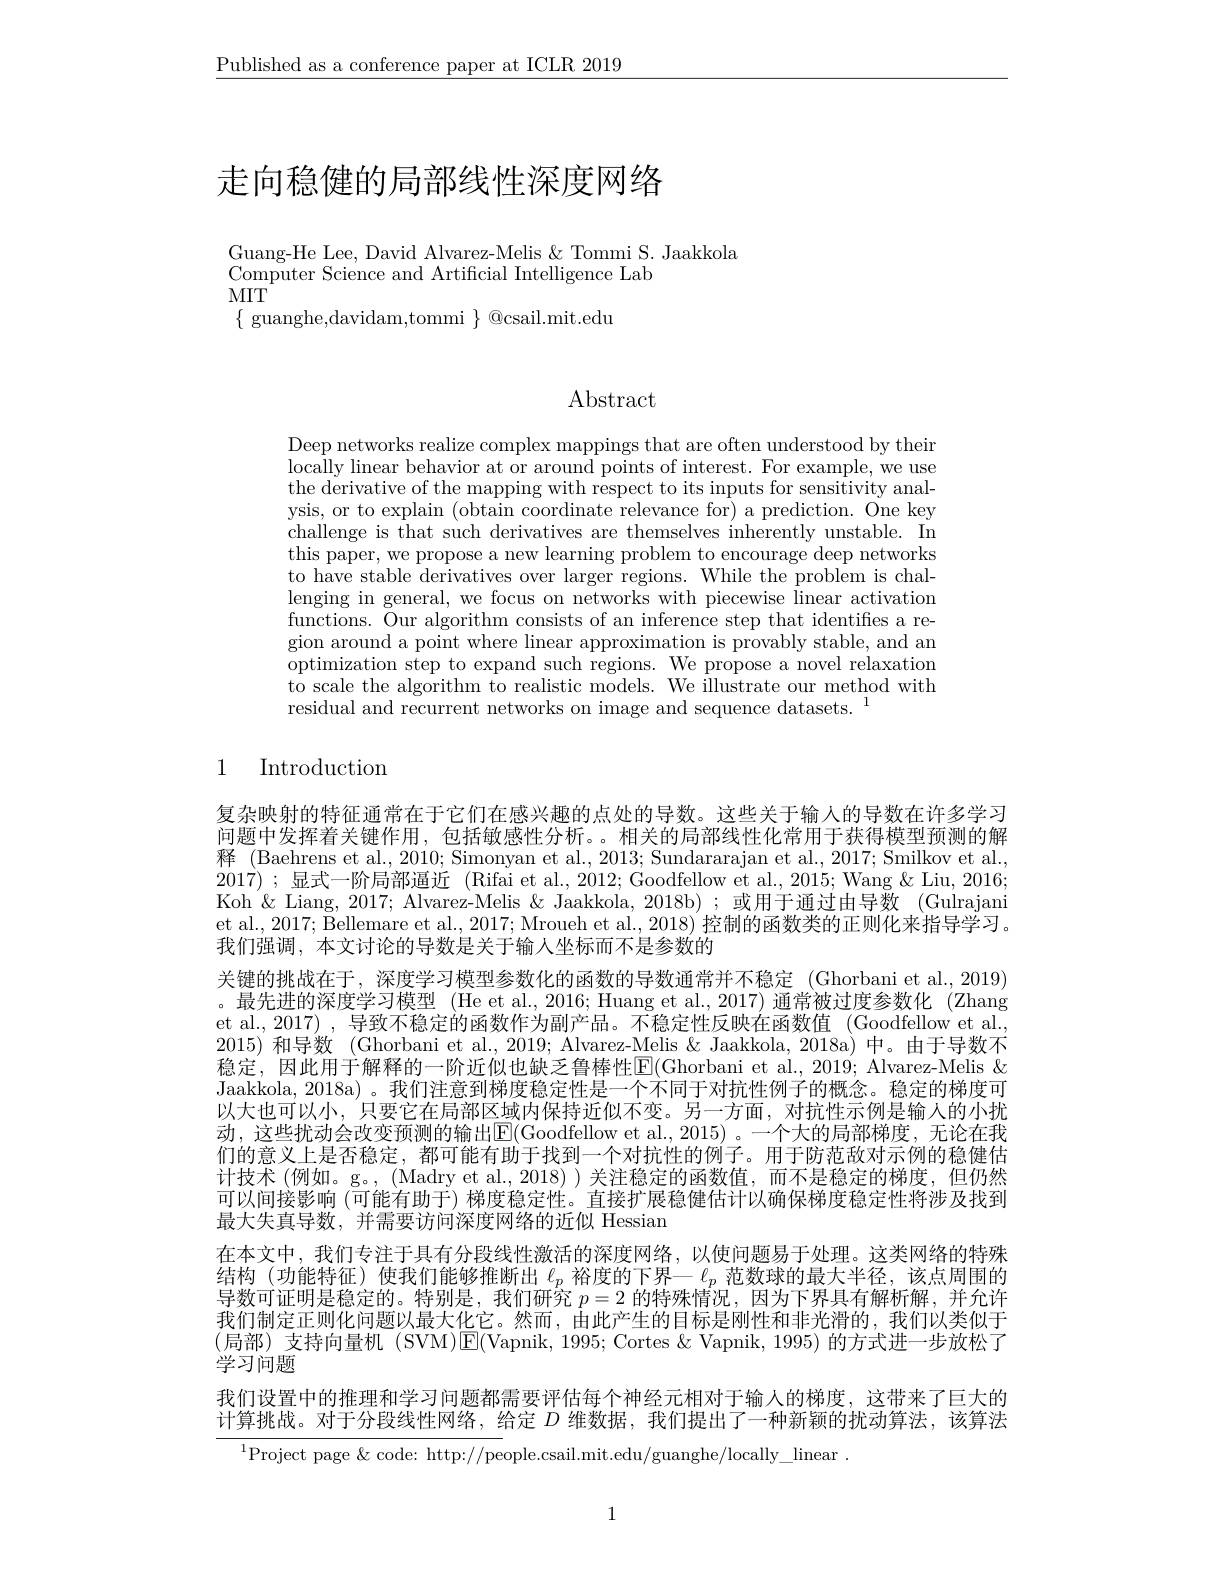
$\underline{\text{Published as a conference paper at ICLR 2019}}$

# 走向稳健的局部线性深度网络

Guang-He Lee, David Alvarez-Melis & Tommi S. Jaakkola
Computer Science and Artificial Intelligence Lab
MIT

$\{$ guanghe,davidam,tommi $\}$ @csail.mit.edu

$\operatorname{Abstract}$

Deep networks realize complex mappings that are often understood by their locally linear behavior at or around points of interest. For example, we use the derivative of the mapping with respect to its inputs for sensitivity analysis, or to explain (obtain coordinate relevance for) a prediction. One key challenge is that such derivatives are themselves inherently unstable. In this paper, we propose a new learning problem to encourage deep networks to have stable derivatives over larger regions. While the problem is challenging in general, we focus on networks with piecewise linear activation functions. Our algorithm consists of an inference step that identifies a region around a point where linear approximation is provably stable, and an $\bar{\text{optimization step to expand such regions. We propose a novel relaxation}}$ to scale the algorithm to realistic models. We illustrate our method with residual and recurrent networks on image and sequence datasets. $^{1}$

## 1 Introduction

复杂映射的特征通常在于它们在感兴趣的点处的导数。这些关于输人的导数在许多学习问题中发挥着关键作用，包括敏感性分析。。相关的局部线性化常用于获得模型预测的解释 (Baehrens et al., 2010; Simonyan et al., 2013; Sundararajan et al., 2017; Smilkov et al., 2017) ;显式一阶局部逼近 (Rifai et al., 2012; Goodfellow et al., 2015; Wang & Liu, 2016; Koh & Liang, 2017; Alvarez-Melis & Jaakkola, 2018b); 或用于通过由导数 (Gulrajani et al., 2017; Bellemare et al., 2017; Mroueh et al., 2018) 控制的函数类的正则化来指导学习。我们强调，本文讨论的导数是关于输入坐标而不是参数的
关键的挑战在于，深度学习模型参数化的函数的导数通常并不稳定 (Ghorbani et al.,2019) 。最先进的深度学习模型(He et al., 2016; Huang et al., 2017) 通常被过度参数化 (Zhang et al., 2017) , 导致不稳定的函数作为副产品。不稳定性反映在函数值 (Goodfellow et al. 2015)和导数 (Ghorbani et al., 2019; Alvarez-Melis & Jaakkola, 2018a) 中。由于导数不稳定，因此用于解释的一阶近似也缺乏鲁棒性E(Ghorbani et al., 2019; Alvarez-Melis & Jaakkola, 2018a) 。我们注意到梯度稳定性是一个不同于对抗性例子的概念。稳定的梯度可以大也可以小，只要它在局部区域内保持近似不变。另一方面，对抗性示例是输人的小扰动，这些扰动会改变预测的输出$\boxed{\mathrm{E}}($Goodfellow et al.,2015)。一个大的局部梯度，无论在我们的意义上是否稳定 , 都可能有助于找到一个对抗性的例子。用于防范敌对示例的稳健估计技术 (例如。g。, (Madry et al., 2018) )关注稳定的函数值，而不是稳定的梯度，但仍然可以间接影响(可能有助于)梯度稳定性。直接扩展稳健估计以确保梯度稳定性将涉及找到最大失真导数，并需要访问深度网络的近似 Hessian
在本文中，我们专注于具有分段线性激活的深度网络，以使问题易于处理。这类网络的特殊结构 (功能特征) 使我们能够推断出$\ell_p$裕度的下界一$\ell_p$范数球的最大半径，该点周围的导数可证明是稳定的。特别是，我们研究$p=2$的特殊情况，因为下界具有解析解，并允许我们制定正则化问题以最大化它。然而，由此产生的目标是刚性和非光滑的，我们以类似于(局部)支持向量机(SVM)$\mathsf{E}($Vapnik, 1995; Cortes &Vapnik, 1995) 的方式进一步放松了学习问题
我们设置中的推理和学习问题都需要评估每个神经元相对于输人的梯度，这带来了巨大的计算挑战。对于分段线性网络，给定$D$维数据，我们提出了一种新颖的扰动算法，该算法
$^{1}$Project page$\&$code: http://people.csail.mit.edu/guanghe/locally\_linear.

1